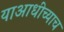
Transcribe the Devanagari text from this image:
याआधीच्याच